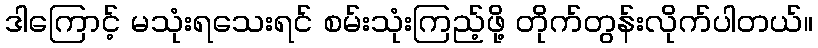
ဒါကြောင့် မသုံးရသေးရင် စမ်းသုံးကြည့်ဖို့ တိုက်တွန်းလိုက်ပါတယ်။